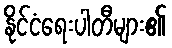
နိုင်ငံရေးပါတီများ၏